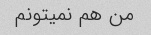
من هم نمیتونم